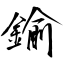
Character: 鍮